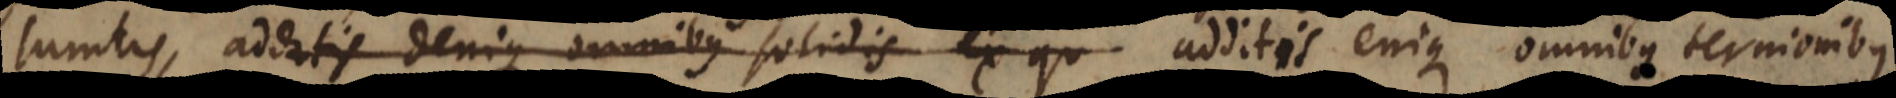
sumtis, additis denique omnibus solidis ex qu additis cuique omnibus ternionibus